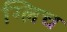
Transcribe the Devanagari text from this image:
ग्लिच